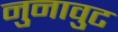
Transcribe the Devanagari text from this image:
नुनावुट